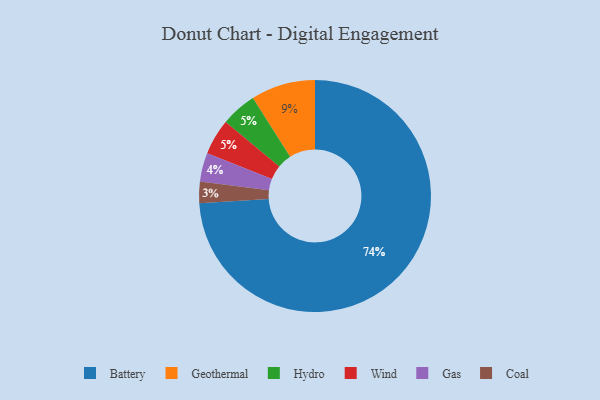
{"axis": {"x": "Category", "y": "Percentage"}, "legend": ["Battery", "Coal", "Gas", "Geothermal", "Hydro", "Wind"], "data": [{"x": "Battery", "y": 74, "type": "Battery"}, {"x": "Hydro", "y": 5, "type": "Hydro"}, {"x": "Wind", "y": 5, "type": "Wind"}, {"x": "Geothermal", "y": 9, "type": "Geothermal"}, {"x": "Gas", "y": 4, "type": "Gas"}, {"x": "Coal", "y": 3, "type": "Coal"}]}